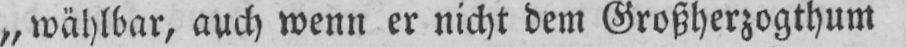
„wählbar, auch wenn er nicht dem Großherzogthum